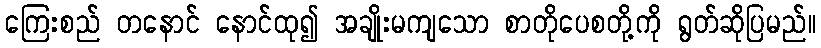
ကြေးစည် တနောင် နောင်ထု၍ အချိုးမကျသော စာတိုပေစတို့ကို ရွတ်ဆိုပြမည်။